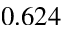
0 . 6 2 4